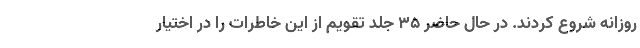
روزانه شروع کردند. در حال حاضر ۳۵ جلد تقویم از این خاطرات را در اختیار